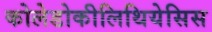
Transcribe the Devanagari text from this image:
कोलेडोकीलिथियेसिस